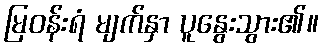
မြဝန်းရံ မျက်နှာ ပူနွေးသွား၏။